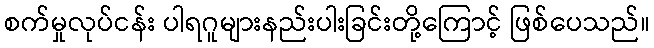
စက်မှုလုပ်ငန်း ပါရဂူများနည်းပါးခြင်းတို့ကြောင့် ဖြစ်ပေသည်။